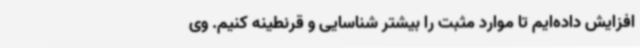
افزایش داده‌ایم تا موارد مثبت را بیشتر شناسایی و قرنطینه کنیم. وی